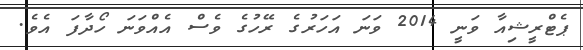
ޕެޓްރީޝިއާ ވަނީ 2014 ވަނަ އަހަރުގެ ރޭހުގެ ވެސް އެއްވަނަ ހޯދާފަ އެވެ.